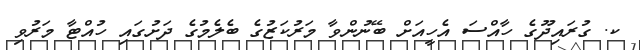
ކ. ގުރައިދޫގެ ހާއްސަ އެހީއަށް ބޭނުންވާ މަރުކަޒުގެ ބެލެމުގެ ދަށުގައި ހުއްޓާ މަރުވި